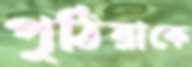
পুঠিয়াকে